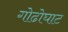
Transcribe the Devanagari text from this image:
गोढोघाट